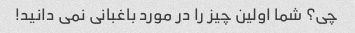
چی؟ شما اولین چیز را در مورد باغبانی نمی دانید!